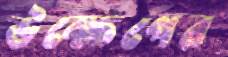
উক্ষেপের